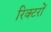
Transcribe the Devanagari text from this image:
रिक्टरों